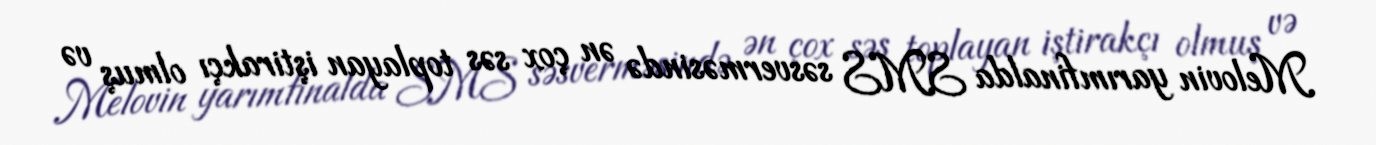
Melovin yarımfinalda SMS səsverməsində ən çox səs toplayan iştirakçı olmuş və